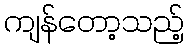
ကျန်တော့သည့်